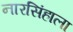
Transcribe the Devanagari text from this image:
नारसिंहाला